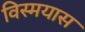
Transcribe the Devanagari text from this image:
विस्मयास